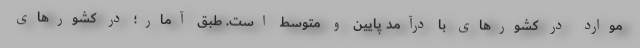
موارد در کشورهای با درآمد پایین و متوسط است. طبق آمار؛ در کشورهای